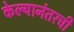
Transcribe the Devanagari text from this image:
केल्यानंतरची